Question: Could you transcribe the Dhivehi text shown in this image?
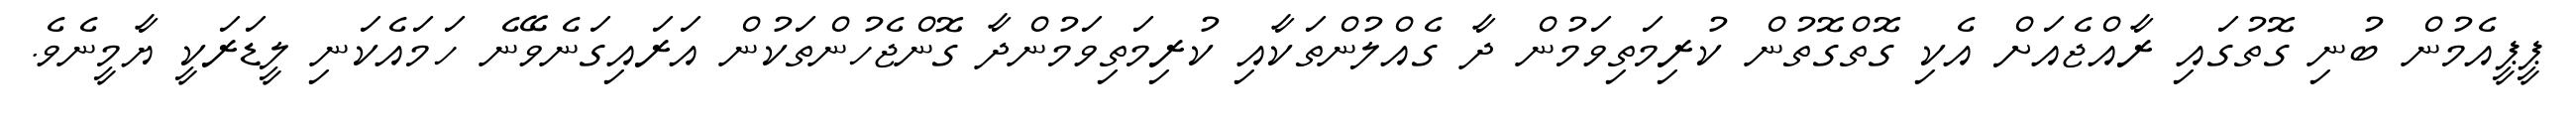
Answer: ޕީޕީއެމުން ބުނި ގޮތުގައި ރާއްޖެއަށް އެކި ގޮތްގޮތުން ކުރިމަތިވަމުން ދާ ގެއްލުންތަކާއި ކުރިމަތިވަމުންދާ ގޮންޖެހުންތަކުން އަރައިގަނެވޭނެ ހަމައެކަނި ލީޑަރަކީ ޔާމީނެވެ.